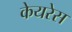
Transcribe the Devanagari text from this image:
केयरेस